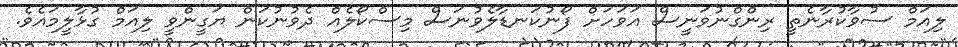
ލިއަމް ސުވާކުރާނެތީ ރިންގްނުވަނީސް އަވަހަށް ފޯނުކަނޑާލެވުނަސް މިސްކޯލެއް ދެވުނުކަން ޔަގީންވީ ލިއަމް ގުޅާލީމައެވެ.